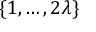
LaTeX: \left\{ 1 , \ldots , 2 \lambda \right\}